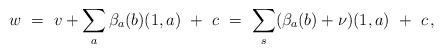
LaTeX: \begin{align*} w\ =\ v + \sum_a \beta_a(b)(1,a)\ +\ c \ =\ \sum_s (\beta_a(b)+\nu)(1,a)\ +\ c\,, \end{align*}